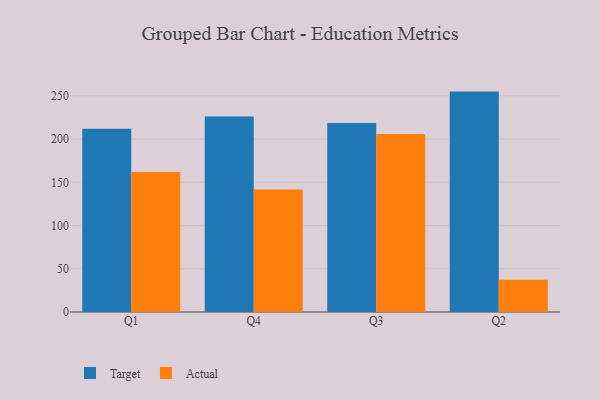
{"axis": {"x": "Quarter", "y": "Headcount"}, "legend": ["Actual", "Target"], "data": [{"x": "Q1", "y": 211.8, "type": "Target"}, {"x": "Q1", "y": 161.8, "type": "Actual"}, {"x": "Q4", "y": 226.1, "type": "Target"}, {"x": "Q4", "y": 141.8, "type": "Actual"}, {"x": "Q3", "y": 218.5, "type": "Target"}, {"x": "Q3", "y": 206.0, "type": "Actual"}, {"x": "Q2", "y": 254.9, "type": "Target"}, {"x": "Q2", "y": 37.4, "type": "Actual"}]}